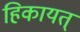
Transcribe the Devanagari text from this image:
हिकायत्‌